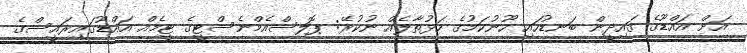
އަށް އައްޑޫގެ ގައިދީން ބަނޑުހައި ހޫނުކަމުގެ ހަޅުތާލެއް ނުކުރޭ: ޕޮލިސްއެމްނެސްޓީގެ ޓީމެއް އައްޑޫގައިރައީސްގެ